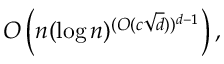
O \left( n ( \log n ) ^ { ( O ( c { \sqrt { d } } ) ) ^ { d - 1 } } \right) ,